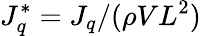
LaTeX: J_{q}^{*}=J_{q}/(\rho VL^{2})